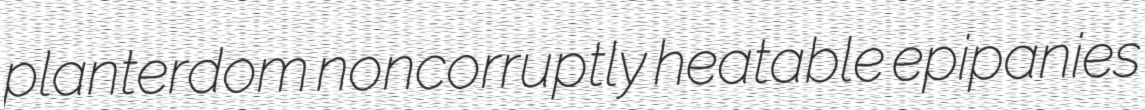
planterdom noncorruptly heatable epipanies